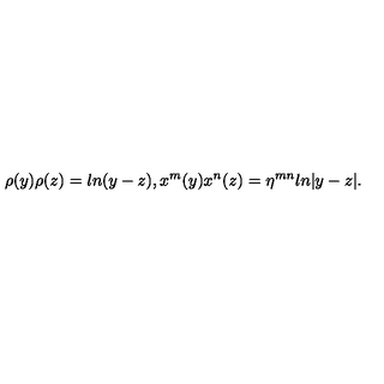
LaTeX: \rho ( y ) \rho ( z ) = l n ( y - z ) , x ^ { m } ( y ) x ^ { n } ( z ) = \eta ^ { m n } l n | y - z | .